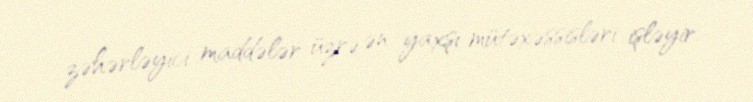
zəhərləyici maddələr üzrə ən yaxşı mütəxəssisləri işləyir.